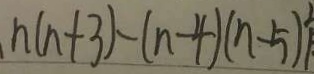
n ( n + 3 ) - ( n - 4 ) ( n - 5 )